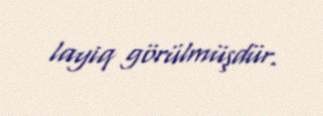
layiq görülmüşdür.